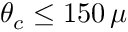
\theta _ { c } \le 1 5 0 \, \mu